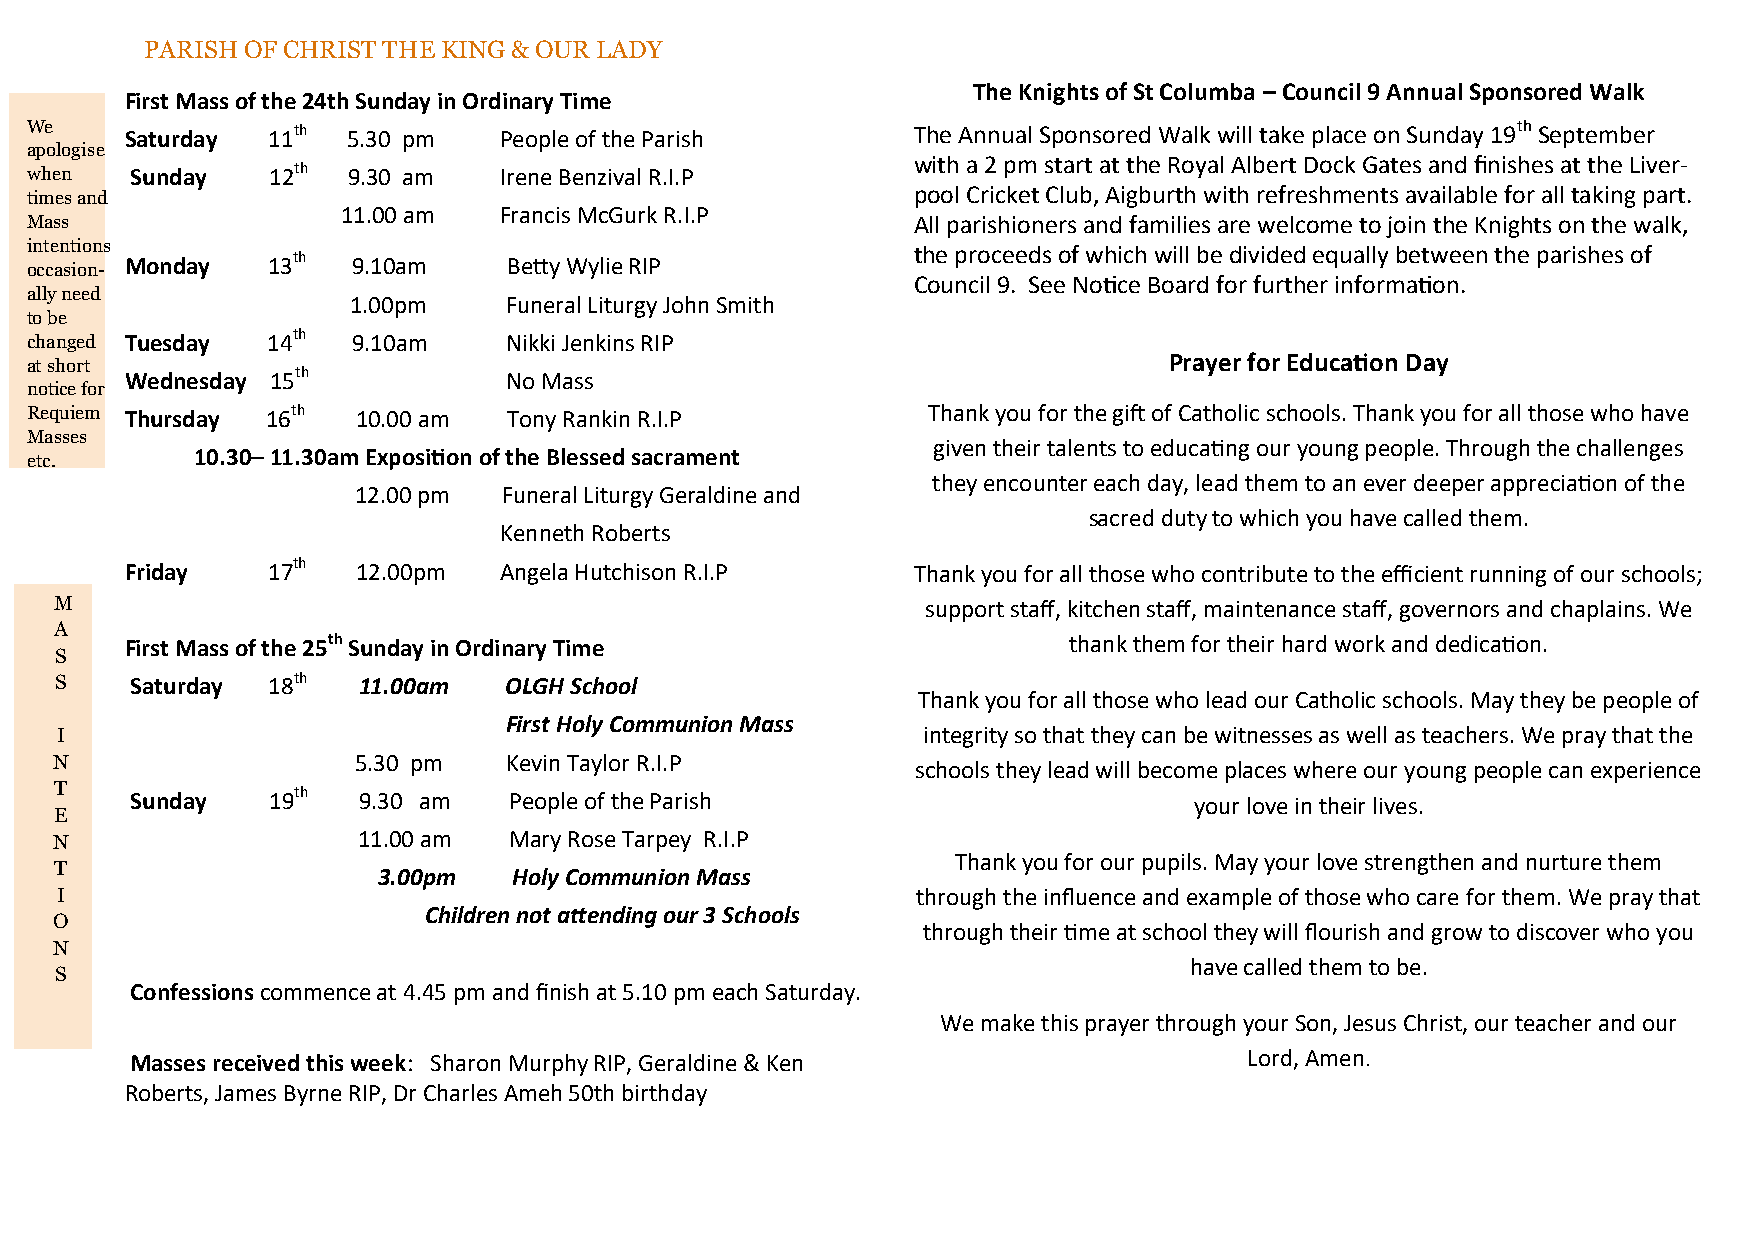
PARISH OF CHRIST THE KING & OUR LADY
 The Knights of St Columba – Council 9 Annual Sponsored Walk
 First Mass of the 24th Sunday in Ordinary Time
 We    Saturday  11th 5.30 pm   People of the Parish       The Annual Sponsored Walk will take place on Sunday 19th September
 apologise
 with a 2 pm start at the Royal Albert Dock Gates and finishes at the Liver-
 when   Sunday   12th 9.30 am   Irene Benzival R.I.P
 times and                                                 pool Cricket Club, Aigburth with refreshments available for all taking part.
 11.00 am  Francis McGurk R.I.P
 Mass                                                      All parishioners and families are welcome to join the Knights on the walk,
 intentions                                                the proceeds of which will be divided equally between the parishes of
 occasion- Monday 13th 9.10am    Betty Wylie RIP
 Council 9. See Notice Board for further information.
 ally need
 1.00pm    Funeral Liturgy John Smith
 to be
 changed Tuesday 14th 9.10am    Nikki Jenkins RIP
 Prayer for Education Day
 at short
 Wednesday 15th           No Mass
 notice for
 Requiem Thursday 16th 10.00 am  Tony Rankin R.I.P          Thank you for the gift of Catholic schools. Thank you for all those who have
 Masses
 given their talents to educating our young people. Through the challenges
 etc.       10.30– 11.30am Exposition of the Blessed sacrament
 they encounter each day, lead them to an ever deeper appreciation of the
 12.00 pm Funeral Liturgy Geraldine and
 sacred duty to which you have called them.
 Kenneth Roberts
 Friday    17th  12.00pm  Angela Hutchison R.I.P     T h a n k y o u f o r a l l t h o s e w h o c o n t r i b u t e t o t h e e ffi c i e n t r u n n i n g o f o u r s c h o o l s ;
 M                                                        support staff, kitchen staff, maintenance staff, governors and chaplains. We
 A
 First Mass of the 25th Sunday in Ordinary Time                 thank them for their hard work and dedication.
 S
 S    Saturday 18th  11.00am  OLGH School
 Thank you for all those who lead our Catholic schools. May they be people of
 First Holy Communion Mass
 I                                                        integrity so that they can be witnesses as well as teachers. We pray that the
 N                    5.30 pm   Kevin Taylor R.I.P
 schools they lead will become places where our young people can experience
 T    Sunday   19th  9.30 am   People of the Parish                         your love in their lives.
 E
 N                    11.00 am  Mary Rose Tarpey R.I.P
 Thank you for our pupils. May your love strengthen and nurture them
 T
 3.00pm   Holy Communion Mass
 I                                                        through the influence and example of those who care for them. We pray that
 Children not attending our 3 Schools
 O
 through their time at school they will flourish and grow to discover who you
 N
 have called them to be.
 S
 Confessions commence at 4.45 pm and finish at 5.10 pm each Saturday.
 We make this prayer through your Son, Jesus Christ, our teacher and our
 Masses received this week: Sharon Murphy RIP, Geraldine & Ken             Lord, Amen.
 Roberts, James Byrne RIP, Dr Charles Ameh 50th birthday